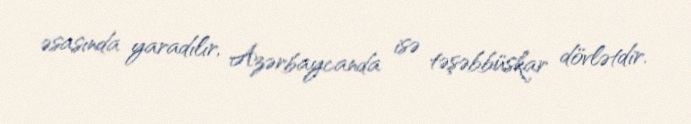
əsasında yaradılır, Azərbaycanda isə təşəbbüskar dövlətdir.